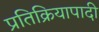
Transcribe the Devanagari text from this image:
प्रतिक्रियापादी